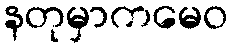
နတုမှာကမေဝ